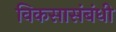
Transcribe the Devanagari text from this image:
विकसासंबंधी